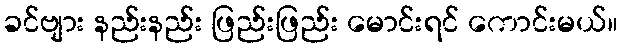
ခင်ဗျား နည်းနည်း ဖြည်းဖြည်း မောင်းရင် ကောင်းမယ်။